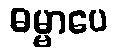
ဓမ္မာပေ